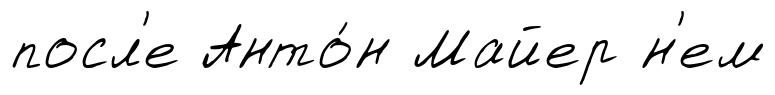
посл'е Анто́н Майер н'ем